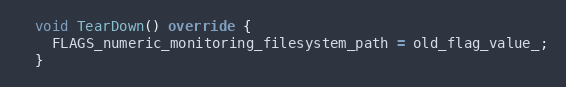
Language: C++
  void TearDown() override {
    FLAGS_numeric_monitoring_filesystem_path = old_flag_value_;
  }